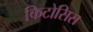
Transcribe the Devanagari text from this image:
किटोसिस